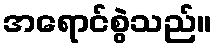
အရောင်စွဲသည်။